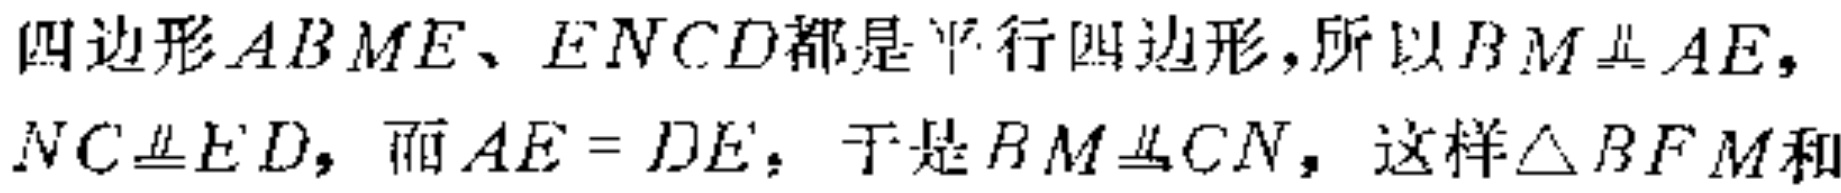
四边形$ABME、ENCD$都是平行四边形,所以$BM\equalparallel AE,$
$NC\equalparallel ED$, 而$AE = DE$, 于是$BM\equalparallel CN$, 这样$\triangle BFM$和